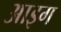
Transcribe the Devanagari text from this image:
आइग